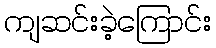
ကျဆင်းခဲ့ကြောင်း